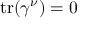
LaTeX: \operatorname { t r } ( \gamma ^ { \nu } ) = 0